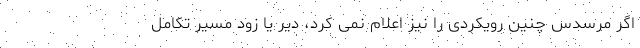
اگر مرسدس چنین رویکردی را نیز اعلام نمی کرد، دیر یا زود مسیر تکامل